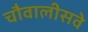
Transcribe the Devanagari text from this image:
चौवालीसवे